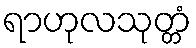
ရာဟုလသုတ္တံ